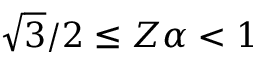
\sqrt { 3 } / 2 \le Z \alpha < 1